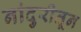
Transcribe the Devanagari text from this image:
नांदुरीतून